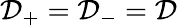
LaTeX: \mathcal{D}_{+}=\mathcal{D}_{-}=\mathcal{D}